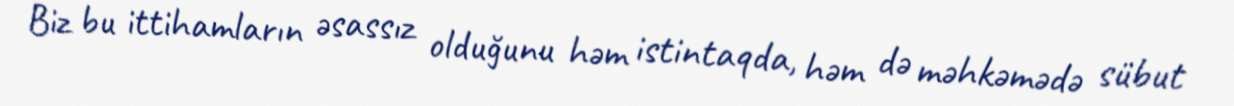
Biz bu ittihamların əsassız olduğunu həm istintaqda, həm də məhkəmədə sübut